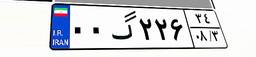
۳۲گ۰۶۰۲۳